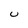
Character: u